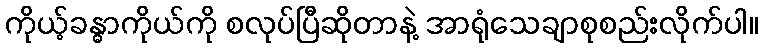
ကိုယ့်ခန္ဓာကိုယ်ကို စလုပ်ပြီဆိုတာနဲ့ အာရုံသေချာစုစည်းလိုက်ပါ။